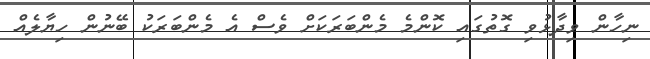
ނިހާން ވިދާޅުވި ގޮތުގައި ކޮންމެ މެންބަރަކަށް ވެސް އެ މެންބަރަކު ބޭނުން ހިޔާލެއް